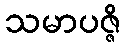
သမာပဇ္ဇိ